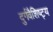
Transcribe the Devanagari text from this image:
दुर्गवैशिष्ट्य